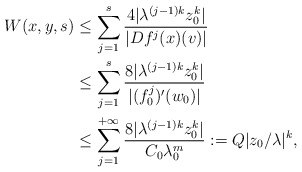
\begin{align*}W(x,y,s)&\leq \sum_{j=1}^{s}\frac{4|\lambda^{(j-1)k}z_0^k|}{|Df^j(x)(v)|}\\&\leq \sum_{j=1}^{s}\frac{8|\lambda^{(j-1)k}z_0^k|}{|(f_0^j)'(w_0)|}\\&\leq \sum_{j=1}^{+\infty}\frac{8|\lambda^{(j-1)k}z_0^k|}{C_0\lambda_0^m}:=Q|z_0/\lambda|^k,\end{align*}